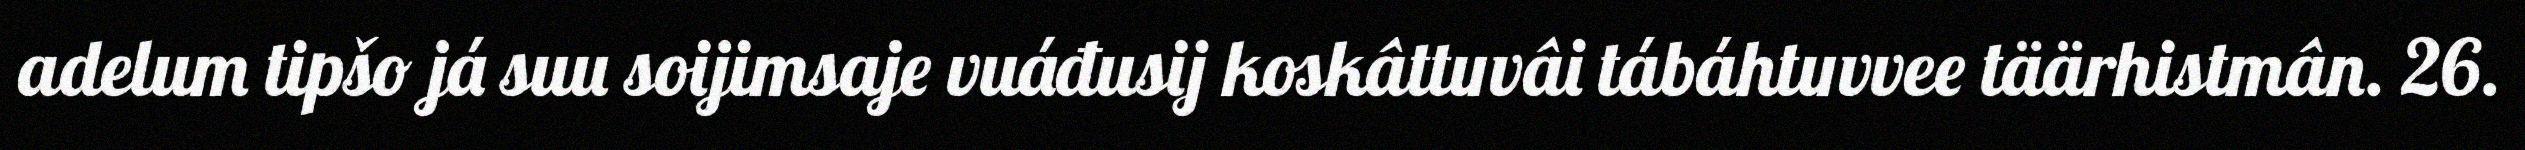
adelum tipšo já suu soijimsaje vuáđusij koskâttuvâi tábáhtuvvee täärhistmân. 26.